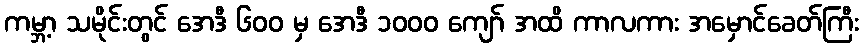
ကမ္ဘာ့ သမိုင်းတွင် အေဒီ ၆၀၀ မှ အေဒီ ၁၀၀၀ ကျော် အထိ ကာလကား အမှောင်ခေတ်ကြီး